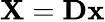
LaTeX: \mathbf{X}=\mathbf{D}\mathbf{x}